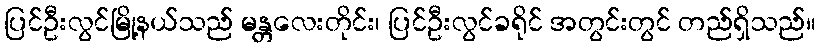
ပြင်ဦးလွင်မြို့နယ်သည် မန္တလေးတိုင်း၊ ပြင်ဦးလွင်ခရိုင် အတွင်းတွင် တည်ရှိသည်။